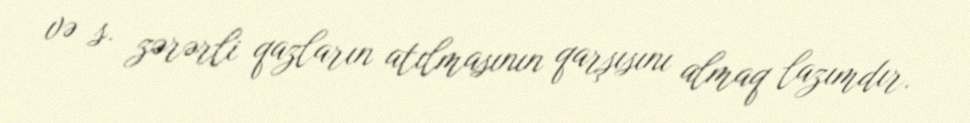
və s. zərərli qazların atılmasının qarşısını almaq lazımdır.